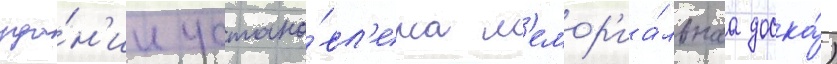
зда́н'ии устано́вл'ена м'емор'иа́льнаа доска́)